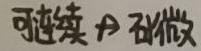
可连续 $\nRightarrow$ 可微